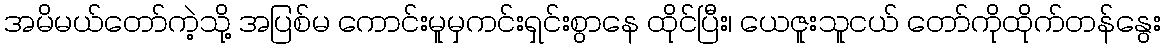
အမိမယ်တော်ကဲ့သို့ အပြစ်မ ကောင်းမူမှကင်းရှင်းစွာနေ ထိုင်ပြီး၊ ယေဇူးသူငယ် တော်ကိုထိုက်တန်နွေး